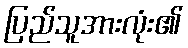
ပြည်သူအားလုံး၏